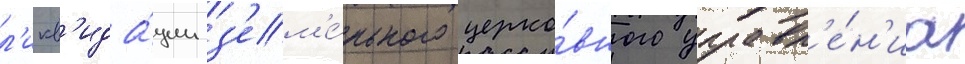
л'икв'ида́ции з'ем'е́льного церко́вного управл'е́н'иа